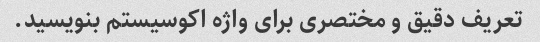
تعریف دقیق و مختصری برای واژه اکوسیستم بنویسید.